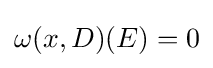
\omega (x,D)(E)=0